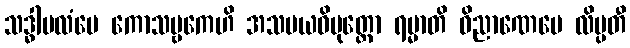
သဒ္ဓါဗလံပေ ကောသမ္ဗကေဟိ အသမယဝိမုတ္တော ရမ္မာတိ ဝိညာဏေပေ လိမ္ပတီ